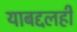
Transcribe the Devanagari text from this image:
याबद्दलही